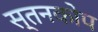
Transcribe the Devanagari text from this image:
स्तनकोप